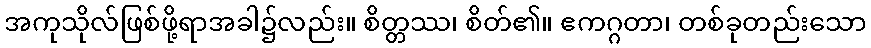
အကုသိုလ်ဖြစ်ဖို့ရာအခါ၌လည်း။ စိတ္တဿ၊ စိတ်၏။ ဧကဂ္ဂတာ၊ တစ်ခုတည်းသော